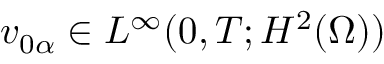
v _ { 0 \alpha } \in L ^ { \infty } ( 0 , T ; H ^ { 2 } ( \Omega ) )